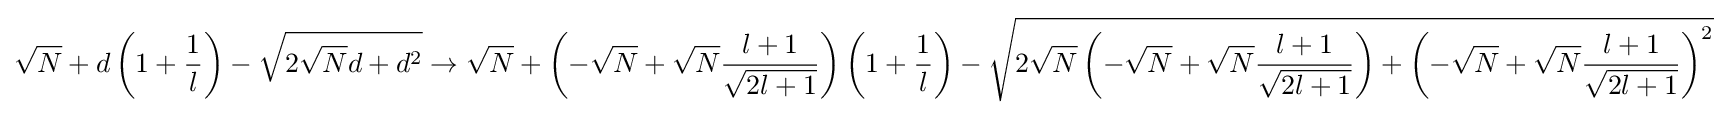
{\sqrt {N}}+d\left(1+{\frac {1}{l}}\right)-{\sqrt {2{\sqrt {N}}d+d^{2}}}\to {\sqrt {N}}+\left(-{\sqrt {N}}+{\sqrt {N}}{\frac {l+1}{\sqrt {2l+1}}}\right)\left(1+{\frac {1}{l}}\right)-{\sqrt {2{\sqrt {N}}\left(-{\sqrt {N}}+{\sqrt {N}}{\frac {l+1}{\sqrt {2l+1}}}\right)+\left(-{\sqrt {N}}+{\sqrt {N}}{\frac {l+1}{\sqrt {2l+1}}}\right)^{2}}}